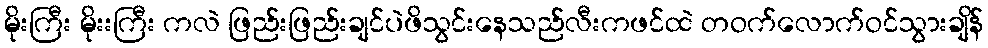
မိုးကြီး မိုးးကြီး ကလဲ ဖြည်းဖြည်းချင်ပဲဖိသွင်းနေသည်လီးကဖင်ထဲ တဝက်လောက်ဝင်သွားချိန်